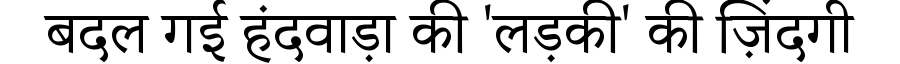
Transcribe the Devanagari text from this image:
बदल गई हंदवाड़ा की 'लड़की' की ज़िंदगी